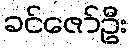
ခင်ဇော်ဦး